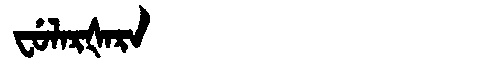
Manchu: ᠸᡠᠯᠠᡵᡧᠠᡵᠠ
Romanization: FULARŠARA